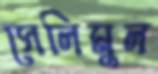
সেলিমুল